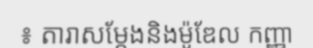
៖ តារាសម្តែងនិងម៉ូឌែល កញ្ញា